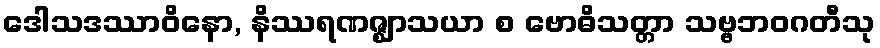
ဒေါသဒဿာဝိနော, နိဿရဏဇ္ဈာသယာ စ ဗောဓိသတ္တာ သဗ္ဗဘဝဂတီသု